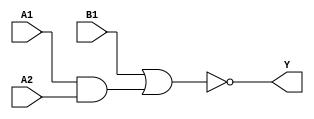
module sky130_fd_sc_hvl__a21oi (
    Y ,
    A1,
    A2,
    B1
);

    // Module ports
    output Y ;
    input  A1;
    input  A2;
    input  B1;

    // Local signals
    wire and0_out  ;
    wire nor0_out_Y;

    //  Name  Output      Other arguments
    and and0 (and0_out  , A1, A2         );
    nor nor0 (nor0_out_Y, B1, and0_out   );
    buf buf0 (Y         , nor0_out_Y     );

endmodule